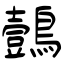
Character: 鷧